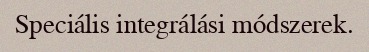
Speciális integrálási módszerek.